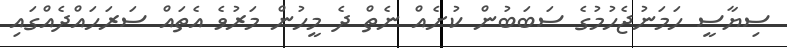
ސިޔާސީ ހަމަނުޖެހުމުގެ ސަބަބުން ކުށެއް ނެތް ދެ މީހުން މަރުވެ އެތައް ސަރަހައްދެއްގައި